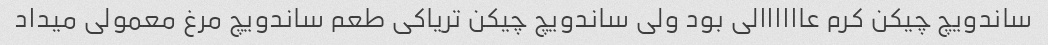
ساندویچ چیکن کرم عاااااالی بود ولی ساندویچ چیکن تریاکی طعم ساندویچ مرغ معمولی میداد